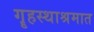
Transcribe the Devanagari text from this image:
गॄहस्थाश्रमात